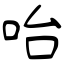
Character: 咍